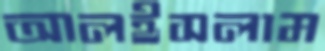
আলইসলাম